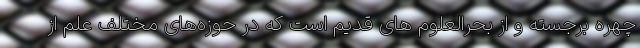
چهره برجسته و از بحرالعلوم های قدیم است که در حوزه‌های مختلف علم از